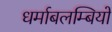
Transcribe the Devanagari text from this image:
धर्माबलम्बियों